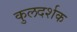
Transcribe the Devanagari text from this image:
कुलदर्शक